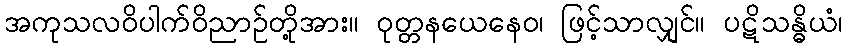
အကုသလဝိပါက်ဝိညာဉ်တို့အား။ ဝုတ္တနယေနေဝ၊ ဖြင့်သာလျှင်။ ပဋိသန္ဓိယံ၊